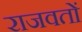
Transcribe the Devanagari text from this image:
राजवतों